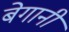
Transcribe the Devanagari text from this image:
बेगानी